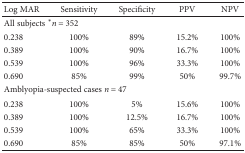
| Log MAR | Sensitivity | Specificity | PPV | NPV |
 | --- | --- | --- | --- | --- |
 | <COLSPAN=5> All subjects ∗n = 352 |
 | 0.238 | 100% | 89% | 15.2% | 100% |
 | 0.389 | 100% | 90% | 16.7% | 100% |
 | 0.539 | 100% | 96% | 33.3% | 100% |
 | 0.690 | 85% | 99% | 50% | 99.7% |
 | <COLSPAN=5> Amblyopia-suspected cases n = 47 |
 | 0.238 | 100% | 5% | 15.6% | 100% |
 | 0.389 | 100% | 12.5% | 16.7% | 100% |
 | 0.539 | 100% | 65% | 33.3% | 100% |
 | 0.690 | 85% | 85% | 50% | 97.1% |